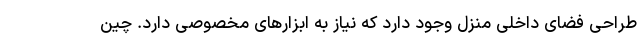
طراحی فضای داخلی منزل وجود دارد که نیاز به ابزارهای مخصوصی دارد. چین